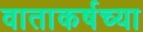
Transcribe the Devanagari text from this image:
वाताकर्षच्या